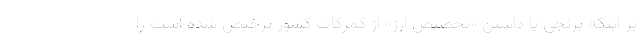
بر اینکه برنجی با داشتن «تخصیص ارز» از گمرکات کشور ترخیص شده است را